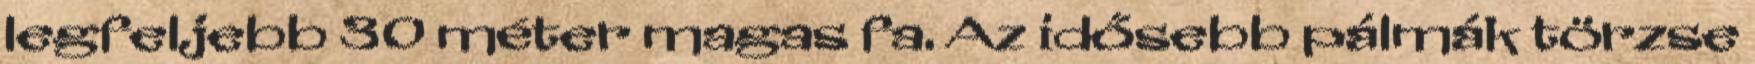
legfeljebb 30 méter magas fa. Az idősebb pálmák törzse